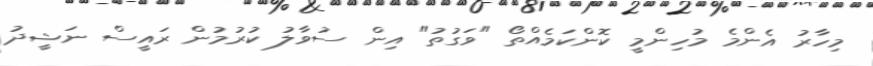
މިހާރު އެންމެ މުހިންމީ ކޮންކަމެއްތޯ "ވަގުތު" އިން ސުވާލު ކުރުމުން ރައީސް ނަޝީދު